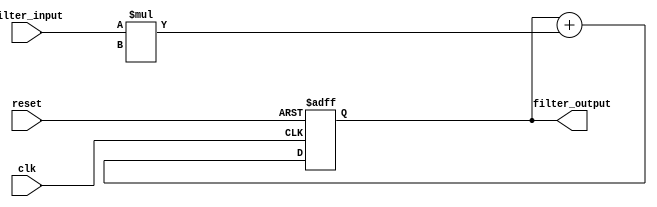
module fir_filter (
    input wire clk,
    input wire reset,
    input wire [7:0] filter_input,
    output reg [15:0] filter_output
);

reg [15:0] accumlator;

always @(posedge clk or posedge reset) begin
    if (reset) begin
        accumlator <= 16'b0;
    end else begin
        accumlator <= accumlator + filter_input * COEFFICIENT;
    end
end

assign filter_output = accumlator;

endmodule